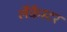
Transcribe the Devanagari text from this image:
लैंकैस्टर